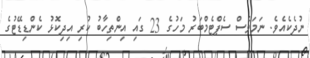
ނުދެކެއެވެ. ނަމަވެސް ސެޕްޓެމްބަރު މަހުގެ 23 ގައި އިންތިހާބު ކުރި އިދިކޮޅު ކެންޑިޑޭޓުގެ